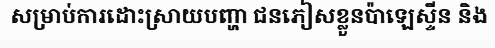
សម្រាប់ការដោះស្រាយបញ្ហា ជនភៀសខ្លួនប៉ាឡេស្ទីន និង